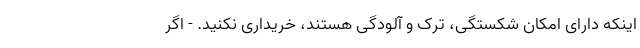
اینکه دارای امکان شکستگی، ترک و آلودگی هستند، خریداری نکنید. - اگر